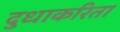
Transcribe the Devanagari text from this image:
दुधाकरिता